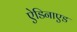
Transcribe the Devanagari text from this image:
ऐडिनाएड